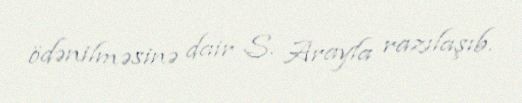
ödənilməsinə dair S. Arayla razılaşıb.